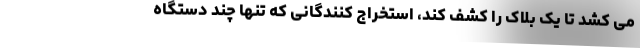
می کشد تا یک بلاک را کشف کند، استخراج کنندگانی که تنها چند دستگاه